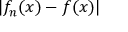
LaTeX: | f _ { n } ( x ) - f ( x ) |